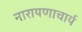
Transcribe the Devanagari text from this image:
नारायणाचार्य